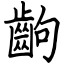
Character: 齣